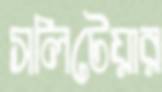
সলিটেয়ার